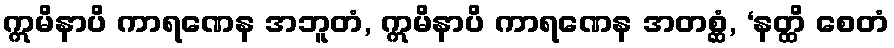
ဣမိနာပိ ကာရဏေန အဘူတံ, ဣမိနာပိ ကာရဏေန အတစ္ဆံ, ‘နတ္ထိ စေတံ